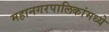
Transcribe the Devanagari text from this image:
महानगरपालिकांमध्ये